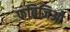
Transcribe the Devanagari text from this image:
फब्रिजिओ